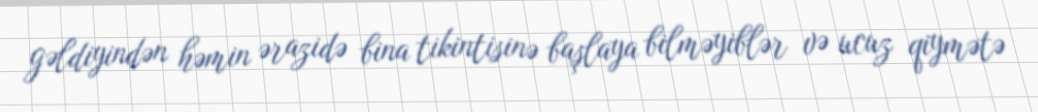
gəldiyindən həmin ərazidə bina tikintisinə başlaya bilməyiblər və ucuz qiymətə